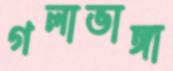
গলাভাঙ্গা